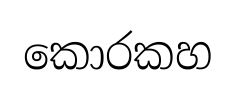
කොරකහ